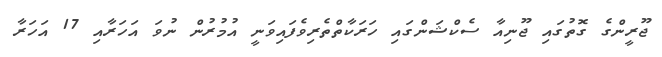
ޖޫރީންގެ ގޮތުގައި ޖޫނިއާ ސެކްޝަންގައި ހަރަކާތްތެރިވެފައިވަނީ އުމުރުން ނުވަ އަހަރާއި 17 އަހަރާ